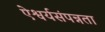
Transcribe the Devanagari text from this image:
ऐश्वर्यसंपन्नता